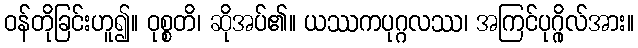
ဝန်တိုခြင်းဟူ၍။ ဝုစ္စတိ၊ ဆိုအပ်၏။ ယဿကပုဂ္ဂလဿ၊ အကြင်ပုဂ္ဂိုလ်အား။